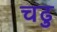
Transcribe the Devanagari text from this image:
चढु